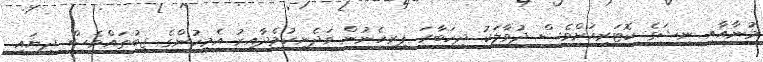
މުނާއާއި ނީޝަގެ ކޮޓަރިއަށްވެސް ދުވާލަކު ދިހަބާރަ ފިރިހެނުން ވަދެނިކުމެދާއިރު އެމީހުންގެ ޖީބުތައްވެސް ދިޔައީ